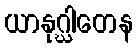
ယာနုဂ္ဃါတေန